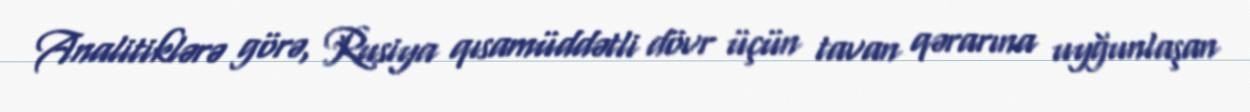
Analitiklərə görə, Rusiya qısamüddətli dövr üçün tavan qərarına uyğunlaşan